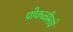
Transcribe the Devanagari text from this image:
पोकळीमधे